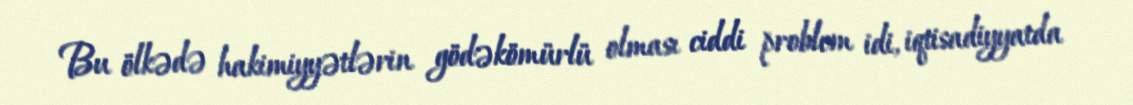
Bu ölkədə hakimiyyətlərin gödəkömürlü olması ciddi problem idi, iqtisadiyyatda